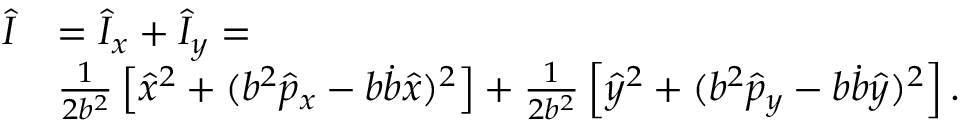
\begin{array} { r l } { \hat { I } } & { = \hat { I } _ { x } + \hat { I } _ { y } = } \\ & { \frac { 1 } { 2 b ^ { 2 } } \left[ \hat { x } ^ { 2 } + ( b ^ { 2 } \hat { p } _ { x } - b \dot { b } \hat { x } ) ^ { 2 } \right] + \frac { 1 } { 2 b ^ { 2 } } \left[ \hat { y } ^ { 2 } + ( b ^ { 2 } \hat { p } _ { y } - b \dot { b } \hat { y } ) ^ { 2 } \right] . } \end{array}